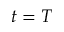
t = T